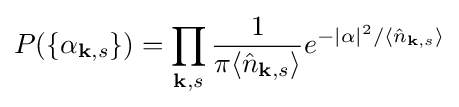
P(\{\alpha _{\mathbf {k} ,s}\})=\prod _{\mathbf {k} ,s}{\frac {1}{\pi \langle {\hat {n}}_{\mathbf {k} ,s}\rangle }}e^{-|\alpha |^{2}/\langle {\hat {n}}_{\mathbf {k} ,s}\rangle }